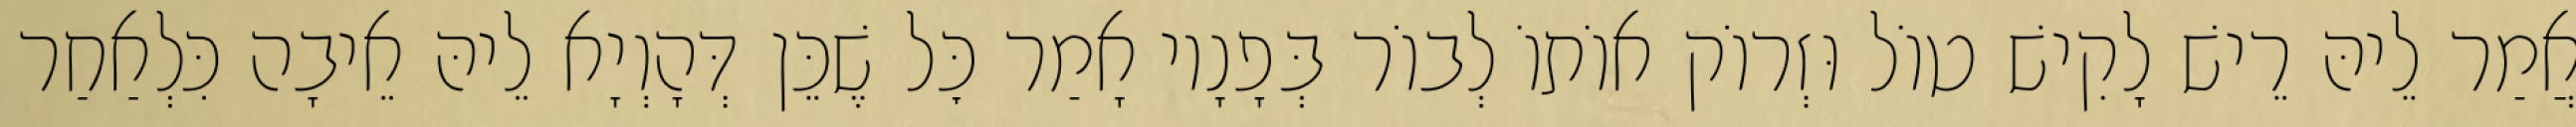
אֲמַר לֵיהּ רֵישׁ לָקִישׁ טוֹל וּזְרוֹק אוֹתוֹ לְבוֹר בְּפָנָיו אָמַר כׇּל שֶׁכֵּן דְּהָוְיָא לֵיהּ אֵיבָה כִּלְאַחַר